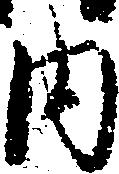
内